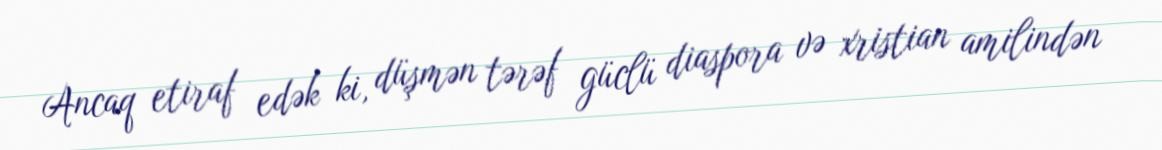
Ancaq etiraf edək ki, düşmən tərəf güclü diaspora və xristian amilindən